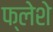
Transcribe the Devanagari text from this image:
फ्लेशे